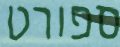
ספורט